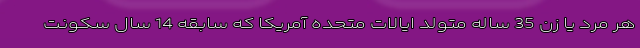
هر مرد یا زن 35 ساله متولد ایالات متحده آمریکا که سابقه 14 سال سکونت